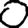
Digit: 0